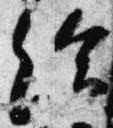
給